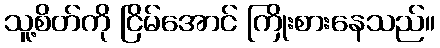
သူ့စိတ်ကို ငြိမ်အောင် ကြိုးစားနေသည်။